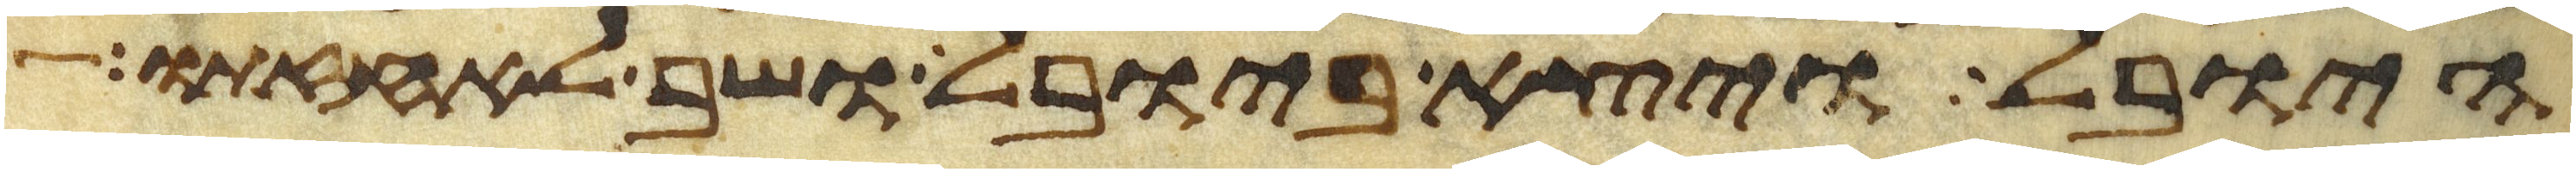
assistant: היובל ויצא ביובל ושב לאחזתו